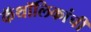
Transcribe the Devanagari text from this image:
कॅथॉलिकांची